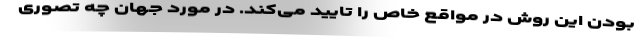
بودن این روش در مواقع خاص را تایید می‌کند. در مورد جهان چه تصوری